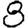
Digit: 8